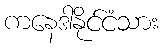
ကနေဒါနိုင်ငံသား